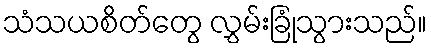
သံသယစိတ်တွေ လွှမ်းခြုံသွားသည်။